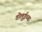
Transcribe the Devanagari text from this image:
तोलुईच्या